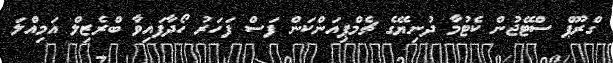
ގްރޫޕް ސްޓޭޖުން ކެޓުމާ ދުނިޔޭގެ ޗެމްޕިއަންކަން ފަސް ފަހަރު ހޯދާފައިވާ ބްރެޒިލް އަމިއްލަ